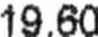
19.60